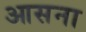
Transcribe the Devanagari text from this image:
आसना